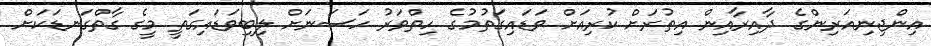
އިންޖިނިއަރިންގެ ދާއިރާއިން އިތުރަށް ކުރިއަށް ވަޑައިގަތުމުގެ ހިތްވަރު ހަސަނަށް ލިބިވަޑައިގަތީ މީގެ ގާތްގަނޑަކަށް